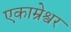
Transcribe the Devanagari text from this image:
एकाम्रेश्वर